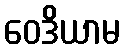
ဝေဒိယာမ